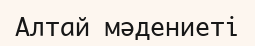
Алтай мәдениеті